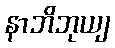
နာဘိဘုယျ